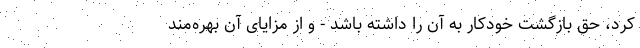
کرد، حق بازگشت خودکار به آن را داشته باشد - و از مزایای آن بهره‌مند